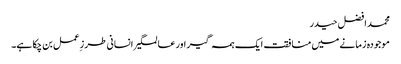
محمد افضل حیدر
موجودہ زمانے میں منافقت ایک ہمہ گیر اور عالمگیر انسانی طرز ِعمل بن چکا ہے۔